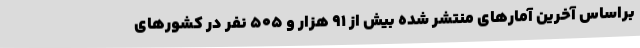
براساس آخرین آمارهای منتشر شده بیش از 91 هزار و 505 نفر در کشورهای